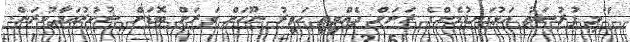
"މި ފުރުސަތު އަޅުގަނޑުމެންގެ ރަށަށް ދެއްވީތީ ހަވީރު ނޫހަށް ވަރަށް ބޮޑަށް ޝުކުރުއަދާކުރަން.